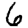
Digit: 6